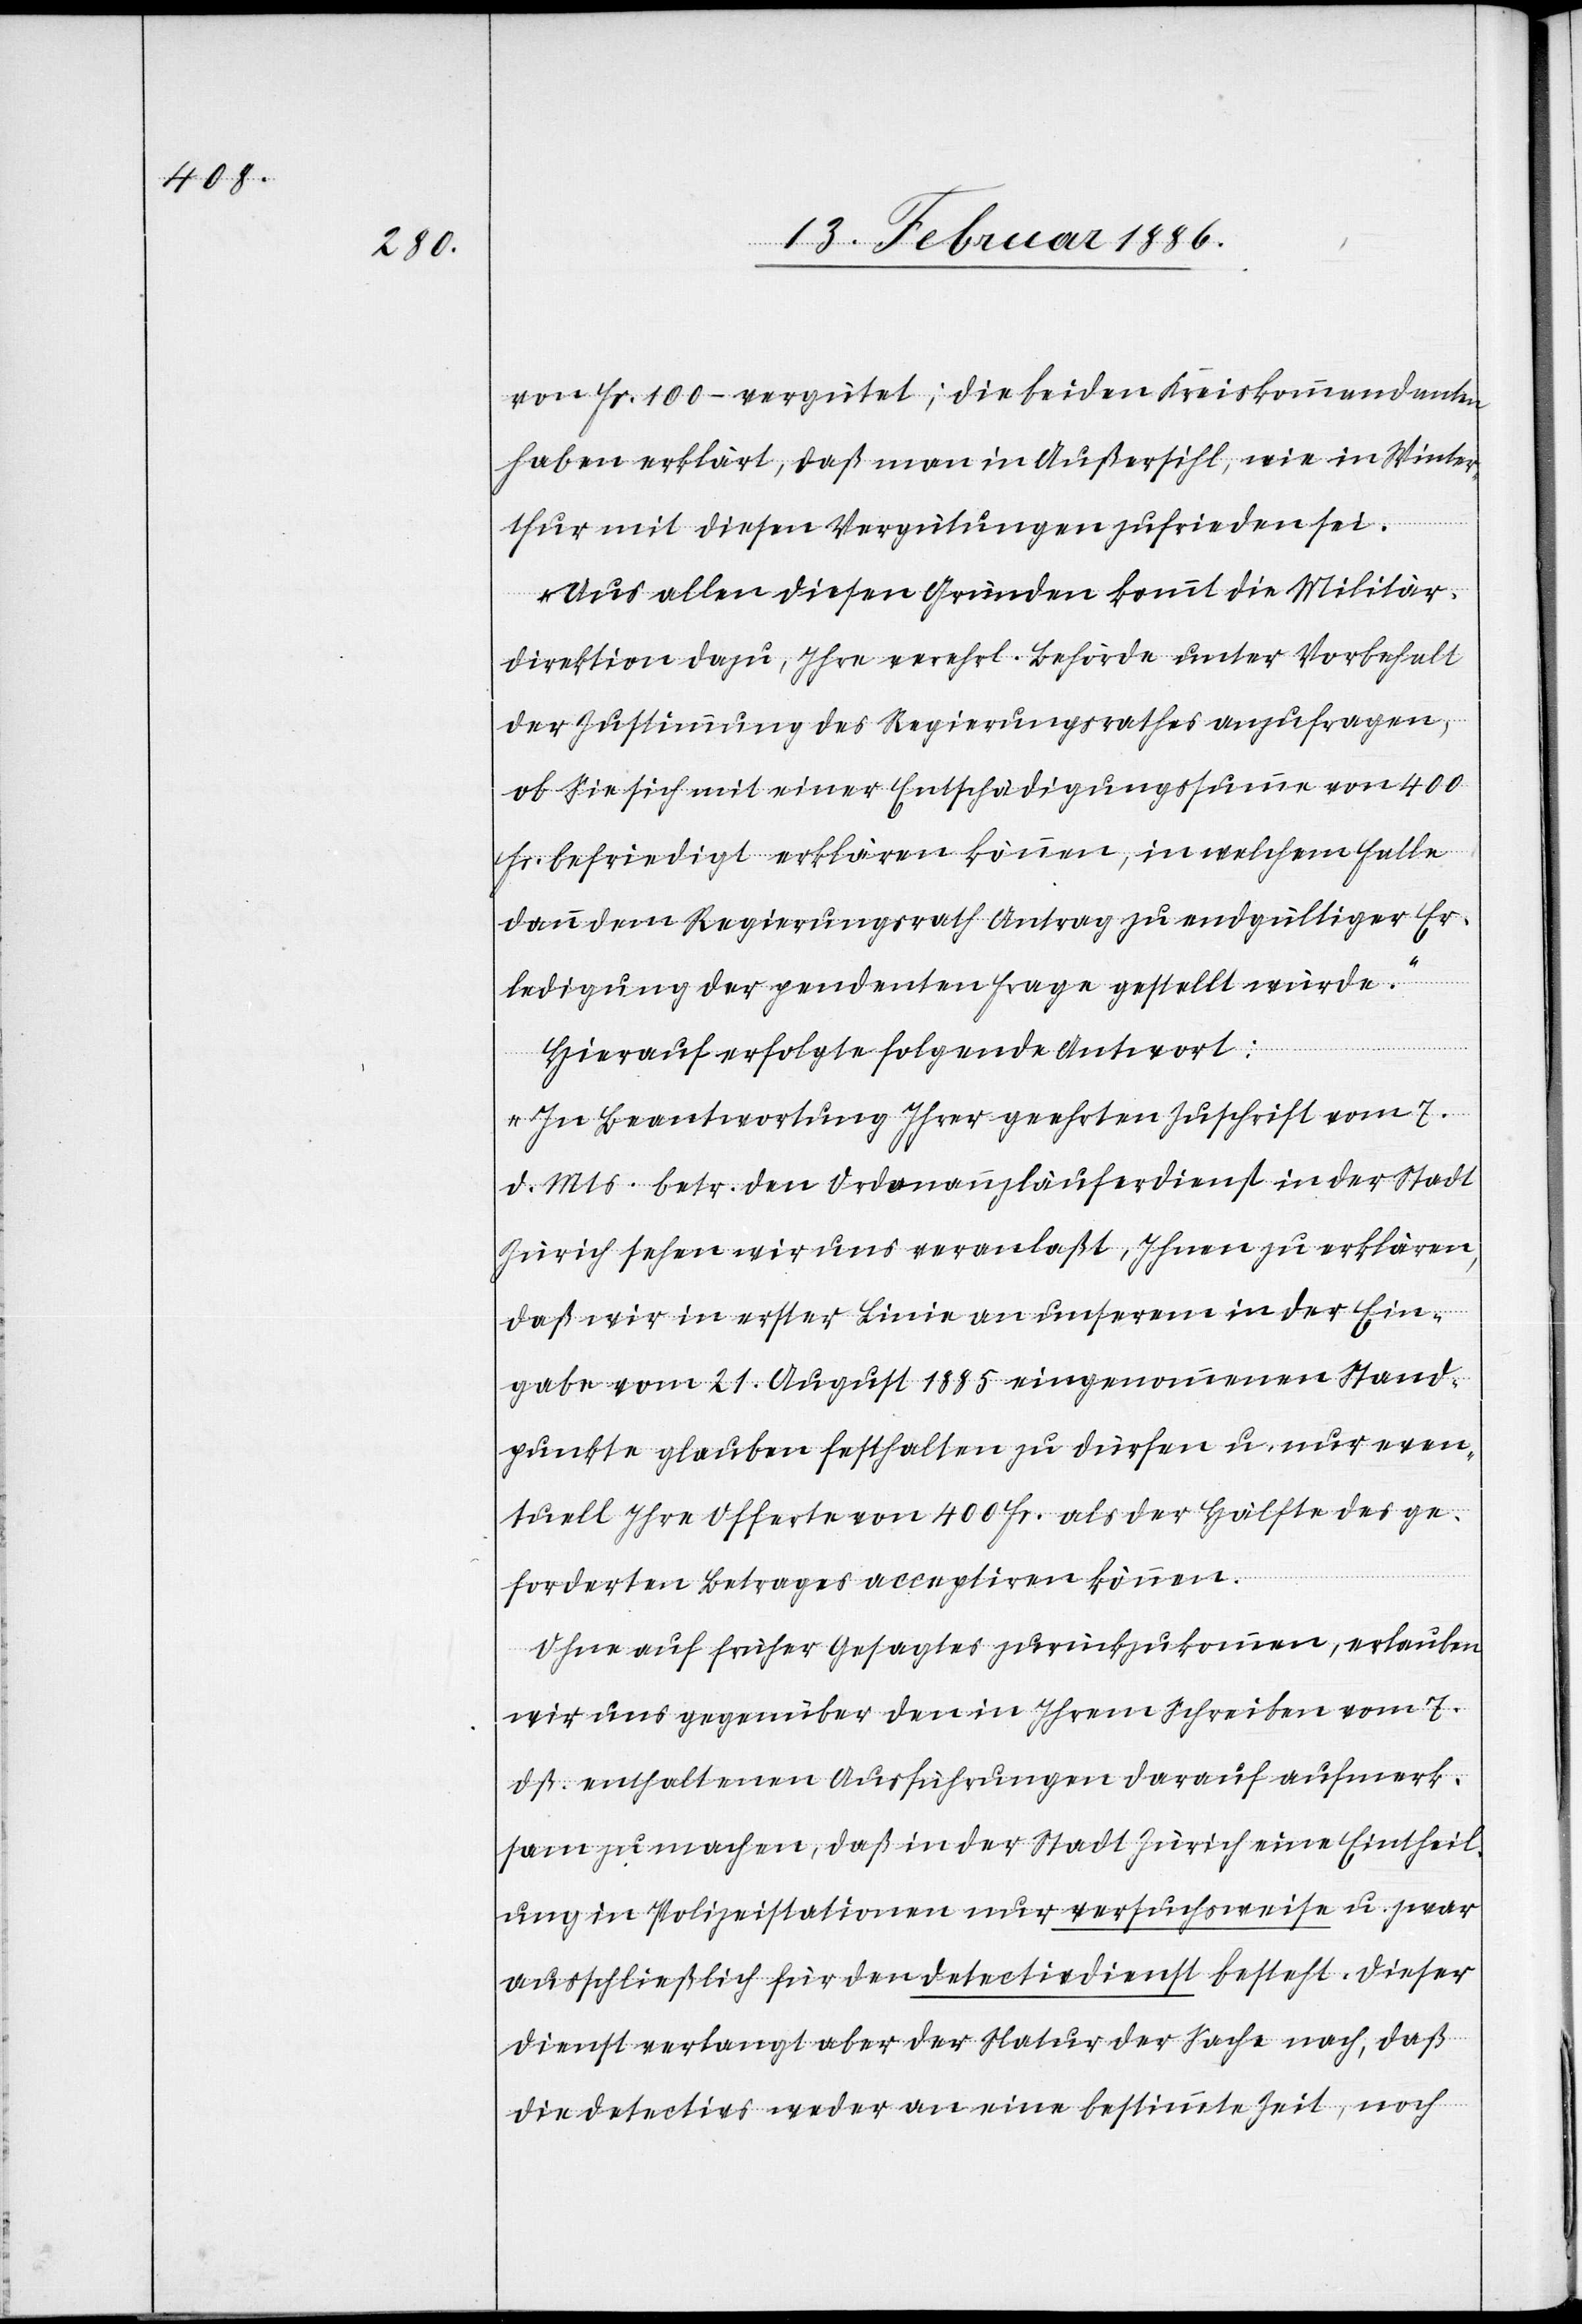
von Fr. 100.– vergütet; die beiden Kreiskommandanten
haben erklärt, daß man in Außersihl, wie in Winter¬
thur mit diesen Vergütungen zufrieden sei.
Aus allen diesen Gründen kommt die Militär¬
direktion dazu, Ihre verehrl. Behörde unter Vorbehalt
der Zustimmung des Regierungsrathes anzufragen,
ob Sie sich mit einer Entschädigungssumme von 400
Fr. befriedigt erklären können, im welchem Falle
dann dem Regierungsrath Antrag zu endgültiger Er¬
ledigung der pendenten Frage gestellt würde.“
Hierauf erfolgte folgende Antwort:
„In Beantwortung Ihrer geehrten Zuschrift vom 7.
d. Mts. betr. den Ordonnanzläuferdienst in der Stadt
Zürich sehen wir uns veranlaßt, Ihnen zu erklären,
daß wir in erster Linie an unserem in der Ein¬
gabe vom 21. August 1885 eingenommenen Stand¬
punkte glauben festhalten zu dürfen u. nur even¬
tuell Ihre Offerte von 400 Fr. als der Hälfte des ge¬
forderten Betrages acceptiren können.
Ohne auf früher Gesagtes zurückzukommen, erlauben
wir uns gegenüber den in Ihrem Schreiben vom 7.
dß. enthaltenen Ausführungen darauf aufmerk¬
sam zu machen, daß in der Stadt Zürich eine Eintheil¬
ung in Polizeistationen nur versuchsweise u. zwar
ausschließlich für den Detectivdienst besteht. Dieser
Dienst verlangt aber der Natur der Sache nach, daß
die Detectivs weder an eine bestimmte Zeit, noch